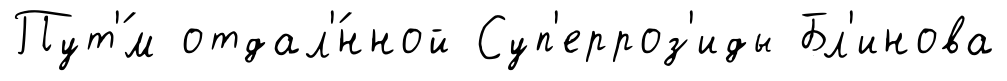
Пут'́м отдал'́нной Суп'ерроз'иды Бл'инова